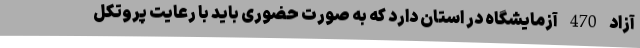
آزاد 470 آزمایشگاه در استان دارد که به صورت حضوری باید با رعایت پروتکل